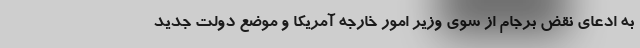
به ادعای نقض برجام از سوی وزیر امور خارجه آمریکا و موضع دولت جدید